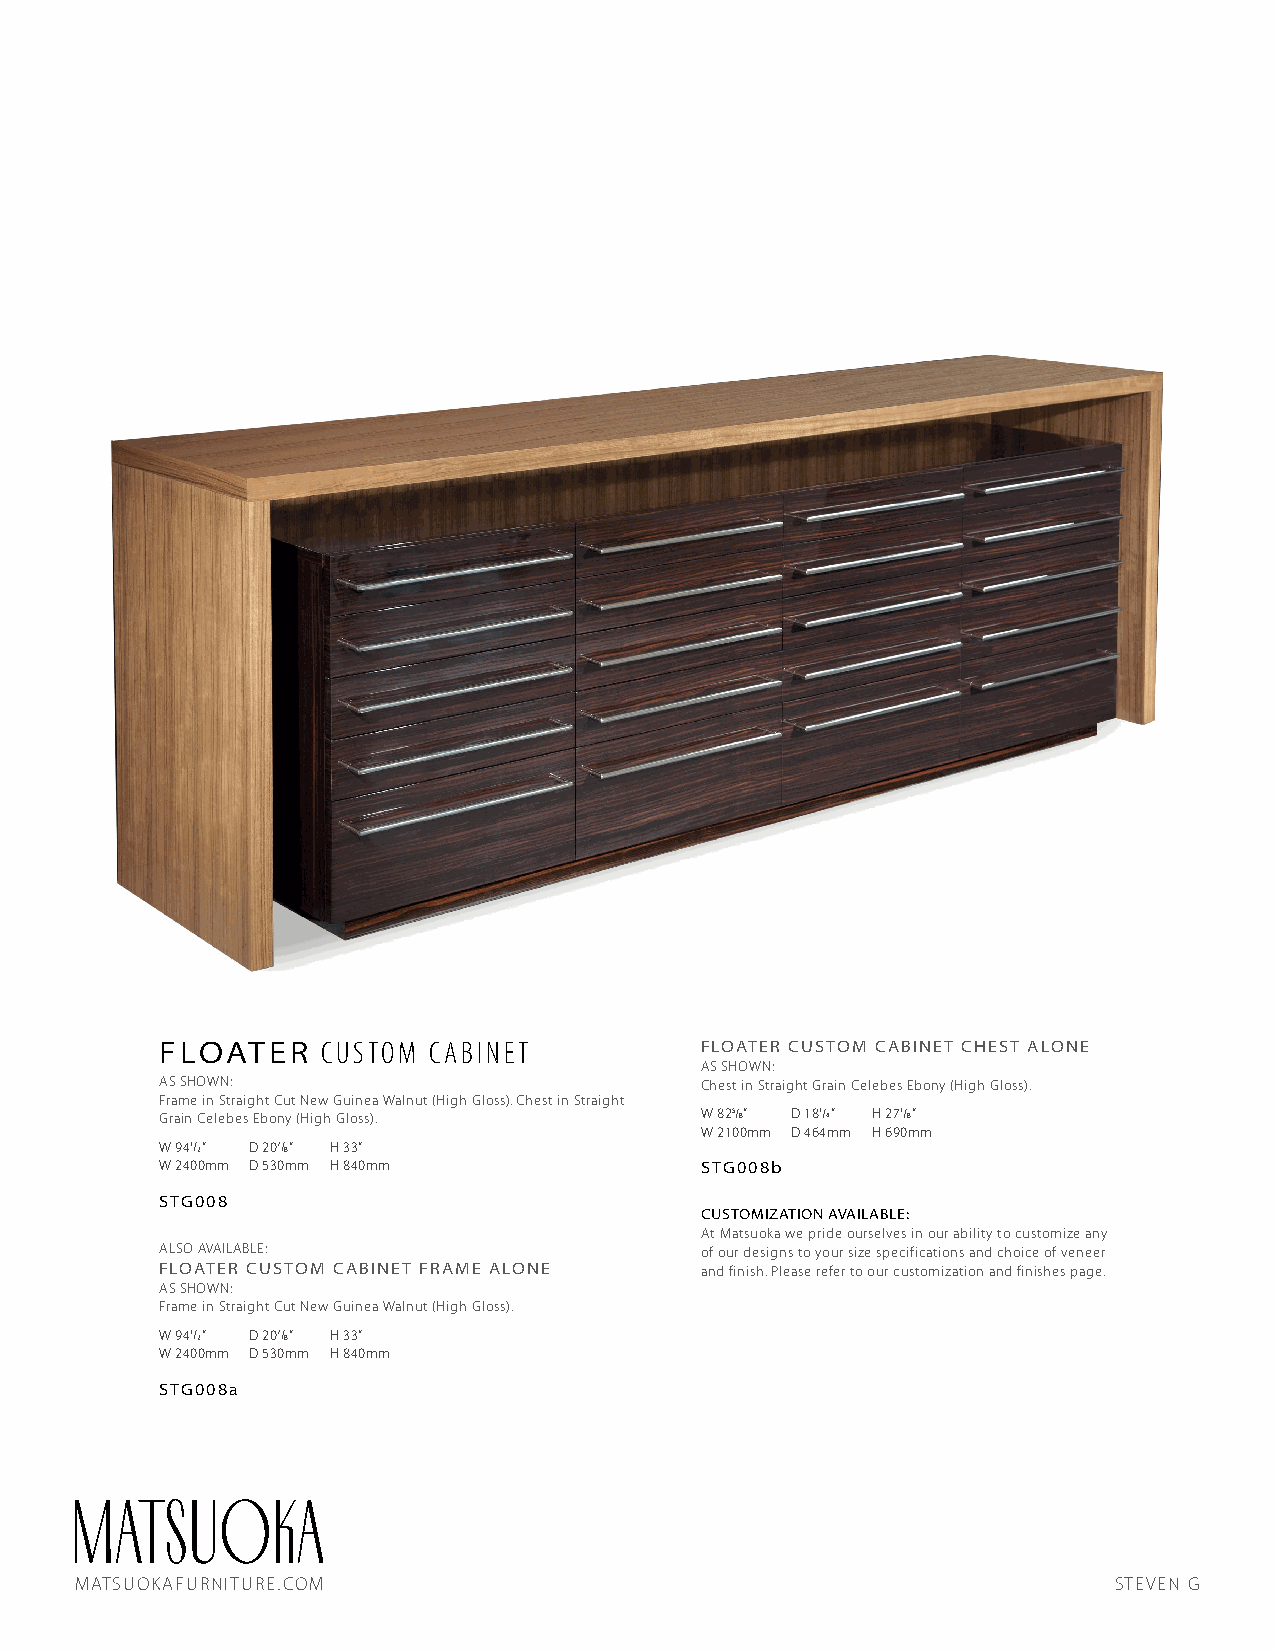
FLOATER   CUSTOM CABINET           FLOATER CUSTOM CABINET CHEST ALONE
 AS SHOWN:
 AS SHOWN:                          Chest in Straight Grain Celebes Ebony (High Gloss).
 Frame in Straight Cut New Guinea Walnut (High Gloss). Chest in Straight
 Grain Celebes Ebony (High Gloss).  W 825/8” D 181/4” H 271/8”
 W 2100mm D 464mm H 690mm
 W 941/2” D 207/8” H 33”
 W 2400mm D 530mm H 840mm           STG008b
 STG008
 CUSTOMIZATION AVAILABLE:
 At Matsuoka we pride ourselves in our ability to customize any
 ALSO AVAILABLE:                    of our designs to your size specifications and choice of veneer
 FLOATER CUSTOM CABINET FRAME ALONE and finish. Please refer to our customization and finishes page.
 AS SHOWN:
 Frame in Straight Cut New Guinea Walnut (High Gloss).
 W 941/2” D 207/8” H 33”
 W 2400mm D 530mm H 840mm
 STG008a
 MATSUOKAFURNITURE.COM                                                STEVEN G